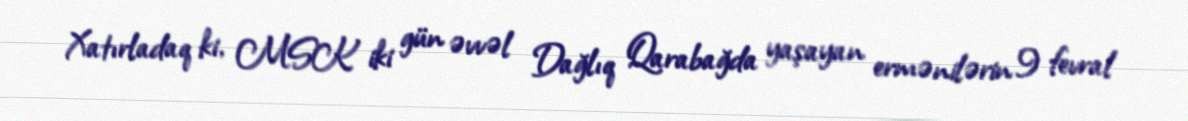
Xatırladaq ki, MSK iki gün əvvəl Dağlıq Qarabağda yaşayan ermənilərin 9 fevral